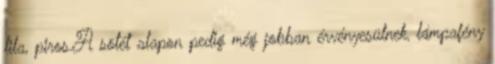
lila, piros.A sötét alapon pedig még jobban érvényesülnek, lámpafény